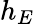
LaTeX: h_{E}